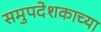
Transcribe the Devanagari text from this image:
समुपदेशकाच्या